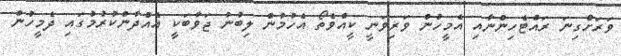
ވަރަށްގިނަ ރައްޓެހިންނާއި އެމީހުން ވަރިވަނީ ކީއްވެތޯ އެހުމުން ލިބުނު ޖަވާބަކީ އެއްދާންކުރުމުގައި ދެމީހުން